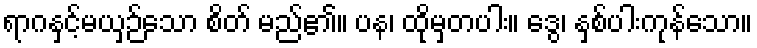
ရာဂနှင့်မယှဉ်သော စိတ် မည်၏။ ပန၊ ထိုမှတပါး။ ဒွေ၊ နှစ်ပါးကုန်သော။